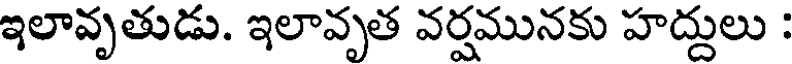
ఇలావృతుడు. ఇలావృత వర్షమునకు హద్దులు :